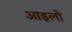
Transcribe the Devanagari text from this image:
आइलो